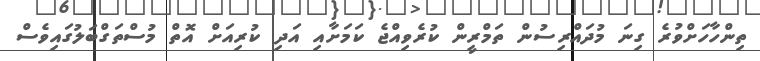
ތިންހާހަށްވުރެ ގިނަ މުދައްރިސުން ތަމްރީން ކުރެވިއްޖެ ކަމަށާއި އަދި ކުރިއަށް އޮތް މުސްތަގްބަލުގައިވެސް